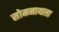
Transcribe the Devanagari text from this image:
सोमनाथला